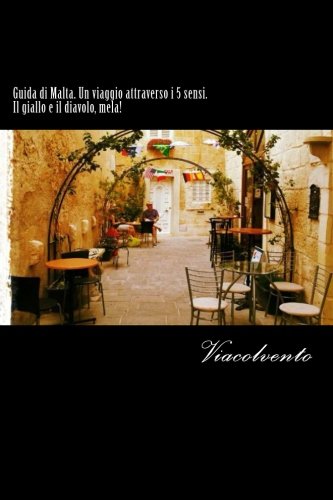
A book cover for Guida di Malta. Un viaggio attraverso i 5 sensi: Il giallo e il diavolo, mela!!! (Italian Edition); Viacolvento; Travel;